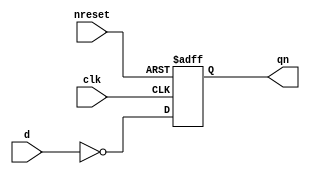
// This program was cloned from: https://github.com/aolofsson/oh
// License: MIT License

//#############################################################################
//# Function:  Positive edge-triggered static inverting D-type flop-flop with #
//             async active low reset.                                        #
//# Copyright: OH Project Authors. ALl rights Reserved.                       #
//# License:   MIT (see LICENSE file in OH repository)                        #
//#############################################################################

module asic_dffrqn #(parameter PROP = "DEFAULT")   (
    input      d,
    input      clk,
    input      nreset,
    output reg qn
    );

   always @ (posedge clk or negedge nreset)
     if(!nreset)
       qn <= 1'b1;
     else
       qn <= ~d;

endmodule